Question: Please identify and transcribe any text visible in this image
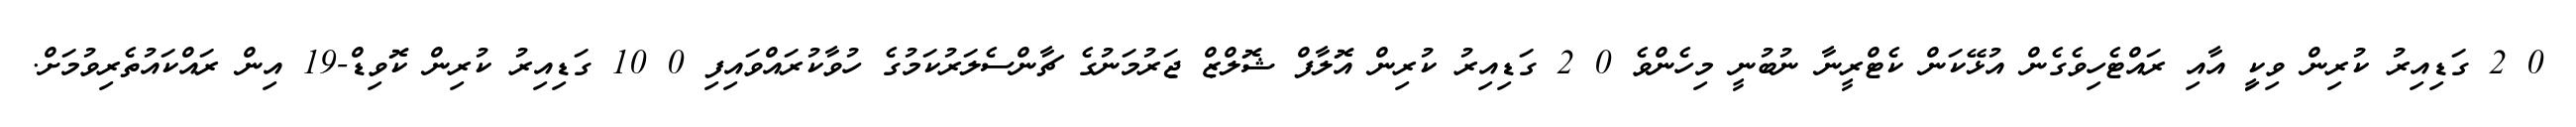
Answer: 0 2 ގަޑިއިރު ކުރިން ވިކީި އާއި ރައްޓެހިވެގެން އުޅޭކަން ކެޓްރީނާ ނުބުނީ މިހެންވެ 0 2 ގަޑިއިރު ކުރިން އޮލާފް ޝޮލްޒް ޖަރުމަނުގެ ޗާންސެލަރުކަމުގެ ހުވާކުރައްވައިފި 0 10 ގަޑިއިރު ކުރިން ކޮވިޑް-19 އިން ރައްކައުތެރިވުމަށް.